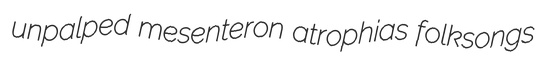
unpalped mesenteron atrophias folksongs